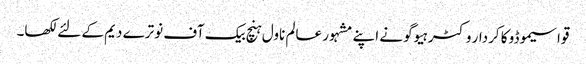
قواسیموڈو کا کردار وکٹر ہیوگو نے اپنے مشہور عالم ناول ہنچ بیک آف نوترے دیم کے لئے لکھا۔